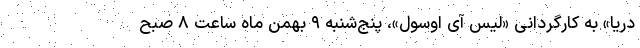
دریا» به کارگردانی «لیس آی اوسول»، پنج‌شنبه ۹ بهمن ماه ساعت ‌۸ صبح